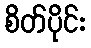
စိတ်ပိုင်း